Leaving Certificate Examination, 1922
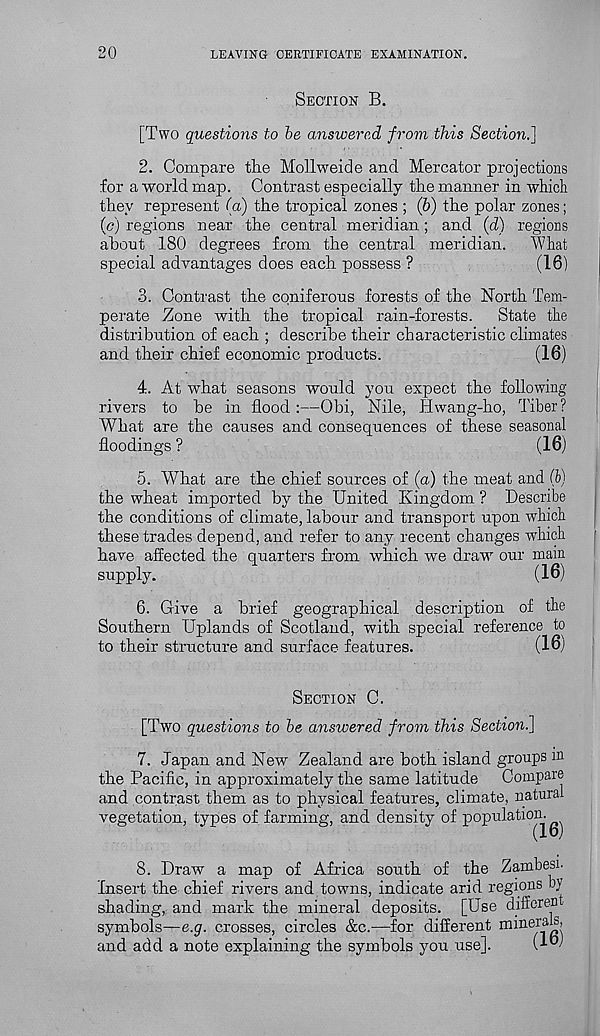
20
LEAVING CERTIFICATE EXAMINATION.
SECTION B.
[Two questions to be answered from this Section.]
2. Compare the Mollweide and Mercator projections
for a world map. Contrast especially the manner in which
they represent (a) the tropical zones ; (6) the polar zones;
(c) regions near the central meridian; and (d) regions
about 180 degrees from the central meridian. What
special advantages does each possess ?
(16)
3. Contrast the coniferous forests of the North Tem-
perate Zone with the tropical rain-forests. State the
distribution of each ; describe their characteristic climates
and their chief economic products.
(16)
4. At what seasons would you expect the following-
rivers to be in flood :—Obi, Nile, Hwang-ho, Tiber?
What are the causes and consequences of these seasonal
floodings ?
(16)
5. What are the chief sources of (a) the meat and (b)
the wheat imported by the United Kingdom ? Describe
the conditions of climate, labour and transport upon which
these trades depend, and refer to any recent changes which
have affected the quarters from which we draw our main
supply.
(16)
6. Give a brief geographical description of the
Southern Uplands of Scotland, with special reference to
to their structure and surface features.
(16)
SECTION C.
[Two questions to be answered from this Section.]
7. Japan and New Zealand are both island groups in
the Pacific, in approximately the same latitude Compare
and contrast them as to physical features, climate, natural
vegetation, types of farming, and density of population.
8. Draw a map of Africa south of the Zambesi.
Insert the chief rivers and towns, indicate arid regions by
shading, and mark the mineral deposits. [Use dxfferen
symbols—e.g. crosses, circles &c.—for different minerals,
and add a note explaining the symbols you use].
(IP'